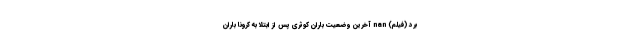
بُرد (فیلم) nan آخرین وضعیت باران کوثری پس از ابتلا به کرونا باران